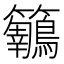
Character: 𪈅